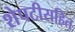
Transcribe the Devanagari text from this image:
शेपटीसहित